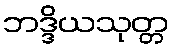
ဘဒ္ဒိယသုတ္တ